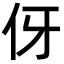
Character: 伢